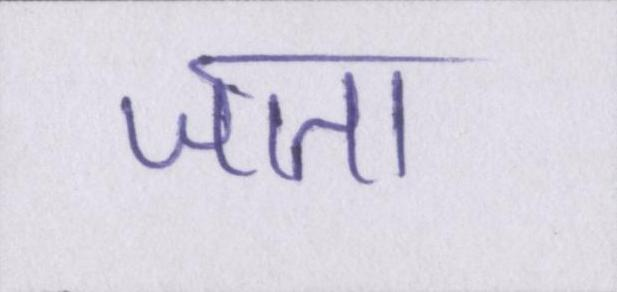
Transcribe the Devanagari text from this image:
जाता